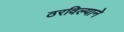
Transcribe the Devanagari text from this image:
ठरविल्याने